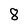
Character: 8